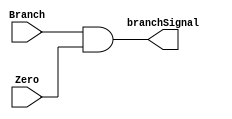
module BranchSignal(Branch, Zero, branchSignal);
	input Branch;
	input Zero;
	output reg branchSignal;
	
	always@(*)
		begin
		branchSignal = Branch & Zero;
		end
endmodule